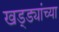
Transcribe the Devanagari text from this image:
खड्ड्यांच्या